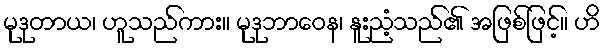
မုဒုတာယ၊ ဟူသည်ကား။ မုဒုဘာဝေန၊ နူးညံ့သည်၏ အဖြစ်ဖြင့်။ ဟိ